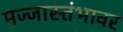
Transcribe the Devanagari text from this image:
मज्जास्तंभावर